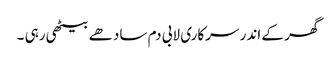
گھر کے اندر سرکاری لابی دم سادھے بیٹھی رہی ۔